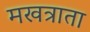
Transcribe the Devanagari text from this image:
मखत्राता